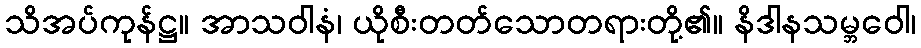
သိအပ်ကုန်ဋ္ဌ။ အာသဝါနံ၊ ယိုစီးတတ်သောတရားတို့၏။ နိဒါနသမ္ဘဝေါ၊